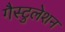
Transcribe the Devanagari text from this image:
गैस्टुलेशन